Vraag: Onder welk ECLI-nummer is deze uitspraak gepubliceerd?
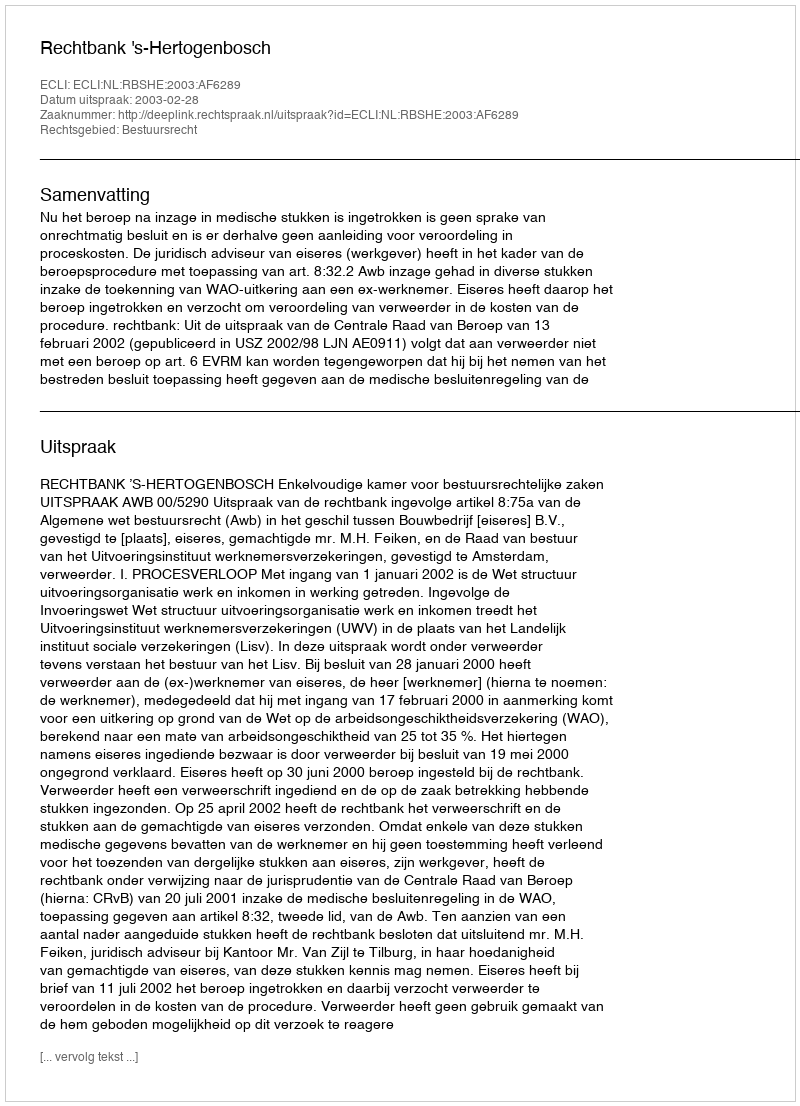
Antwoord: ECLI:NL:RBSHE:2003:AF6289